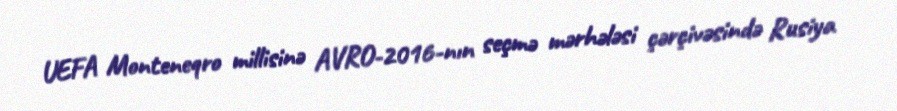
UEFA Monteneqro millisinə AVRO-2016-nın seçmə mərhələsi çərçivəsində Rusiya